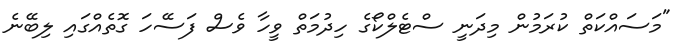
"މަސައްކަތް ކުރަމުން މިދަނީ ސްޓެލްކޯގެ ހިދުމަތް ވީހާ ވެސް ފަސޭހަ ގޮތެއްގައި ލިބޭނެ